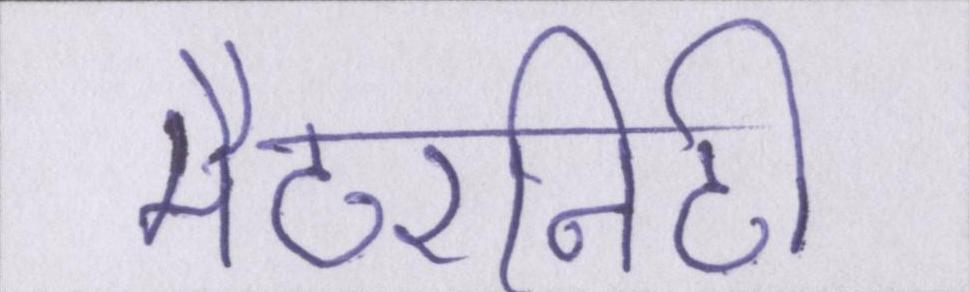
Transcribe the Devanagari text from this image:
मैटरनिटी